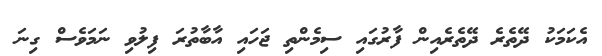
އެކަމަކު ދޭތެރެ ދޭތެރެއިން ފާރުގައި ސިމެންތި ޖަހައި އާބާތުރަ ފިލުވި ނަމަވެސް ގިނަ